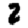
Digit: 2